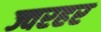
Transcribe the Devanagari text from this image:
ज्वरहर